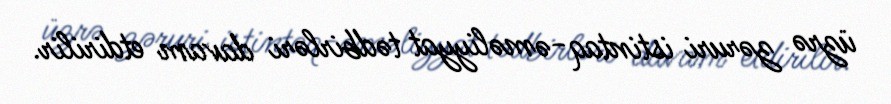
üzrə zəruri istintaq-əməliyyat tədbirləri davam etdirilir.